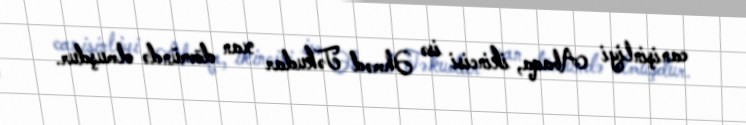
canişinliyi Abaqa, ikincisi isə Əhməd Təkudar xan dövründə olmuşdur.